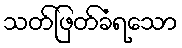
သတ်ဖြတ်ခံရသော